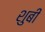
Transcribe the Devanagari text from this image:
शुबी